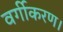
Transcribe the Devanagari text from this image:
वर्गीकरण।